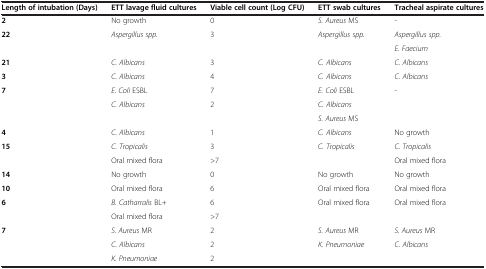
<table><thead><tr><td><b>Length of intubation (Days)</b></td><td><b>ETT lavage fluid cultures</b></td><td><b>Viable cell count (Log CFU)</b></td><td><b>ETT swab cultures</b></td><td><b>Tracheal aspirate cultures</b></td></tr></thead><tbody><tr><td><b>2</b></td><td>No growth</td><td>0</td><td><i>S. Aureus</i> MS</td><td>-</td></tr><tr><td rowspan="2"><b>22</b></td><td rowspan="2"><i>Aspergillus spp.</i></td><td rowspan="2">3</td><td rowspan="2"><i>Aspergillus spp.</i></td><td><i>Aspergillus spp.</i></td></tr><tr><td><i>E. Faecium</i></td></tr><tr><td><b>21</b></td><td><i>C. Albicans</i></td><td>3</td><td><i>C. Albicans</i></td><td><i>C. Albicans</i></td></tr><tr><td><b>3</b></td><td><i>C. Albicans</i></td><td>4</td><td><i>C. Albicans</i></td><td><i>C. Albicans</i></td></tr><tr><td rowspan="3"><b>7</b></td><td><i>E. Coli</i> ESBL</td><td>7</td><td><i>E. Coli</i> ESBL</td><td rowspan="3">-</td></tr><tr><td rowspan="2"><i>C. Albicans</i></td><td rowspan="2">2</td><td><i>C. Albicans</i></td></tr><tr><td><i>S. Aureus</i> MS</td></tr><tr><td><b>4</b></td><td><i>C. Albicans</i></td><td>1</td><td><i>C. Albicans</i></td><td>No growth</td></tr><tr><td rowspan="2"><b>15</b></td><td><i>C. Tropicalis</i></td><td>3</td><td><i>C. Tropicalis</i></td><td><i>C. Tropicalis</i></td></tr><tr><td>Oral mixed flora</td><td>&gt;7</td><td> </td><td>Oral mixed flora</td></tr><tr><td><b>14</b></td><td>No growth</td><td>0</td><td>No growth</td><td>No growth</td></tr><tr><td><b>10</b></td><td>Oral mixed flora</td><td>6</td><td>Oral mixed flora</td><td>Oral mixed flora</td></tr><tr><td rowspan="2"><b>6</b></td><td><i>B. Catharralis</i> BL+</td><td>6</td><td rowspan="2">Oral mixed flora</td><td rowspan="2">Oral mixed flora</td></tr><tr><td>Oral mixed flora</td><td>&gt;7</td></tr><tr><td rowspan="3"><b>7</b></td><td><i>S. Aureus</i> MR</td><td>2</td><td><i>S. Aureus</i> MR</td><td><i>S. Aureus</i> MR</td></tr><tr><td><i>C. Albicans</i></td><td>2</td><td><i>K. Pneumoniae</i></td><td><i>C. Albicans</i></td></tr><tr><td><i>K. Pneumoniae</i></td><td>2</td><td> </td><td> </td></tr></tbody></table>